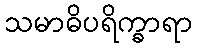
သမာဓိပရိက္ခာရာ